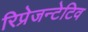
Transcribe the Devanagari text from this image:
रिप्रेजन्टेटिव